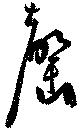
罄